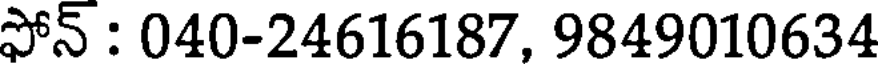
ఫోన్ : 040-24616187. 9849010634